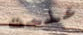
علمت